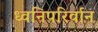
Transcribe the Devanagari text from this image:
ध्वनिपरिर्वान